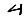
Digit: 4